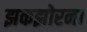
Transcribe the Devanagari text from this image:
झकझोरना